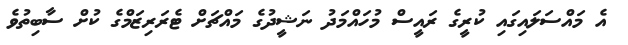
އެ މައްސަލައިގައި ކުރީގެ ރައީސް މުހައްމަދު ނަޝީދުގެ މައްޗަށް ޓެރަރިޒަމްގެ ކުށް ސާބިތުވެ